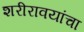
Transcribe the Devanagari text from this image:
शरीरावयांचा